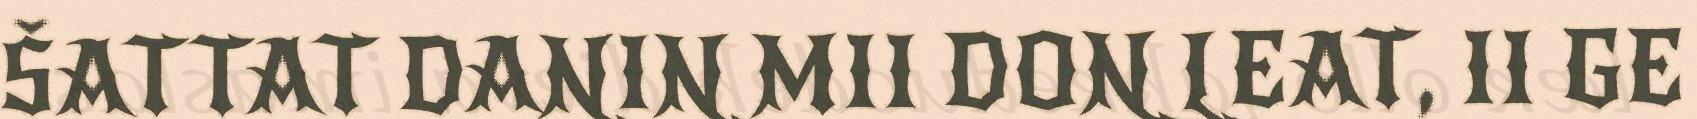
ŠATTAT DANIN MII DON LEAT, II GE